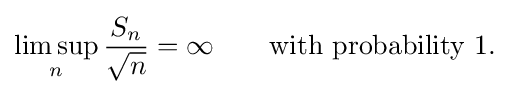
\limsup _{n}{\frac {S_{n}}{\sqrt {n}}}=\infty \qquad {\text{with probability 1.}}